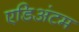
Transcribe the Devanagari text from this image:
एडिअंटम